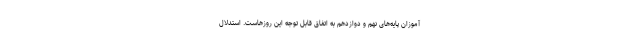
آموزان پایه‌های نهم و دوازدهم به اتفاق قابل توجه این روزهاست. استدلال